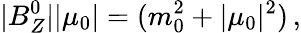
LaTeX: |B_{Z}^{0}||\mu_{0}|=(m_{0}^{2}+|\mu_{0}|^{2})\, ,